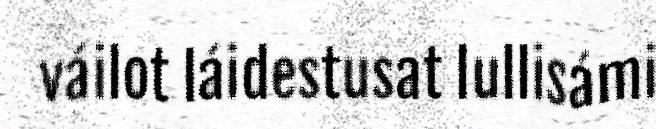
váilot láidestusat lullisámi